Civil Veterinary Department Bengal reports 1933-51 - 1933-1951
Year: 1933
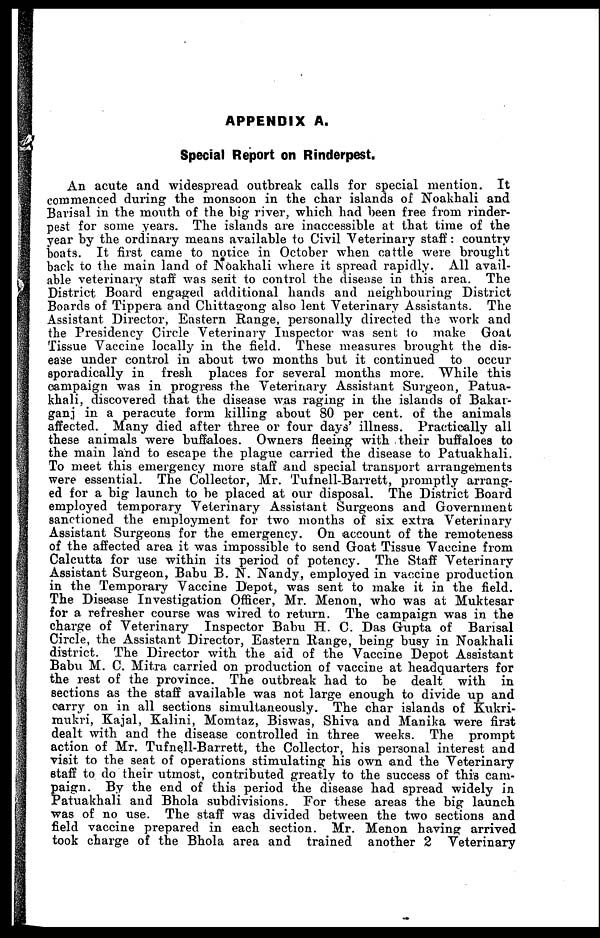
APPENDIX A.
Special Report on Rinderpest.
An acute and widespread outbreak calls for special mention. It
commenced during the monsoon in the char islands of Noakhali and
Barisal in the mouth of the big river, which had been free from rinder-
pest for some years. The islands are inaccessible at that time of the
year by the ordinary means available to Civil Veterinary staff: country
boats. It first came to notice in October when cattle were brought
back to the main land of Noakhali where it spread rapidly. All avail-
able veterinary staff was sent to control the disease in this area. The
District Board engaged additional hands and neighbouring District
Boards of Tippera and Chittagong also lent Veterinary Assistants. The
Assistant Director, Eastern Range, personally directed the work and
the Presidency Circle Veterinary Inspector was sent to make Goat
Tissue Vaccine locally in the field. These measures brought the dis-
ease under control in about two months but it continued to occur
sporadically in fresh places for several months more. While this
campaign was in progress the Veterinary Assistant Surgeon, Patua-
khali, discovered that the disease was raging in the islands of Bakar-
ganj in a peracute form killing about 80 per cent. of the animals
affected. Many died after three or four days' illness. Practically all
these animals were buffaloes. Owners fleeing with their buffaloes to
the main land to escape the plague carried the disease to Patuakhali.
To meet this emergency more staff and special transport arrangements
were essential. The Collector, Mr. Tufnell-Barrett, promptly arrang-
ed for a big launch to be placed at our disposal. The District Board
employed temporary Veterinary Assistant Surgeons and Government
sanctioned the employment for two months of six extra Veterinary
Assistant Surgeons for the emergency. On account of the remoteness
of the affected area it was impossible to send Goat Tissue Vaccine from
Calcutta for use within its period of potency. The Staff Veterinary
Assistant Surgeon, Babu B. N. Nandy, employed in vaccine production
in the Temporary Vaccine Depot, was sent to make it in the field.
The Disease Investigation Officer, Mr. Menon, who was at Muktesar
for a refresher course was wired to return. The campaign was in the
charge of Veterinary Inspector Babu H. C. Das Gupta of Barisal
Circle, the Assistant Director, Eastern Range, being busy in Noakhali
district. The Director with the aid of the Vaccine Depot Assistant
Babu M. C. Mitra carried on production of vaccine at headquarters for
the rest of the province. The outbreak had to be dealt with in
sections as the staff available was not large enough to divide up and
carry on in all sections simultaneously. The char islands of Kukri-
mukri, Kajal, Kalini, Momtaz, Biswas, Shiva and Manika were first
dealt with and the disease controlled in three weeks. The prompt
action of Mr. Tufnell-Barrett, the Collector, his personal interest and
visit to the seat of operations stimulating his own and the Veterinary
staff to do their utmost, contributed greatly to the success of this cam-
paign. By the end of this period the disease had spread widely in
Patuakhali and Bhola subdivisions. For these areas the big launch
was of no use. The staff was divided between the two sections and
field vaccine prepared in each section. Mr. Menon having arrived
took charge of the Bhola area and trained another 2 Veterinary